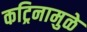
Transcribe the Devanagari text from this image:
कट्रिनामुळे